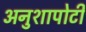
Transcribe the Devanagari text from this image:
अनुशापोटी